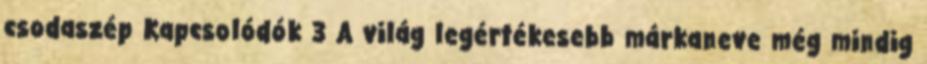
csodaszép Kapcsolódók 3 A világ legértékesebb márkaneve még mindig